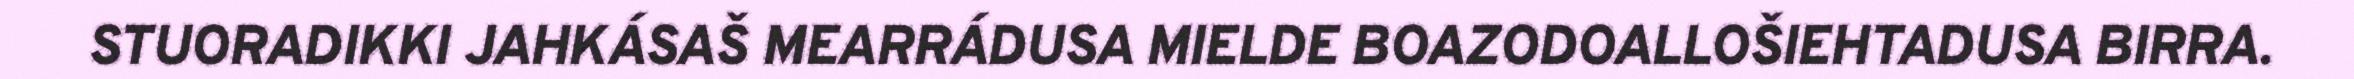
STUORADIKKI JAHKÁSAŠ MEARRÁDUSA MIELDE BOAZODOALLOŠIEHTADUSA BIRRA.